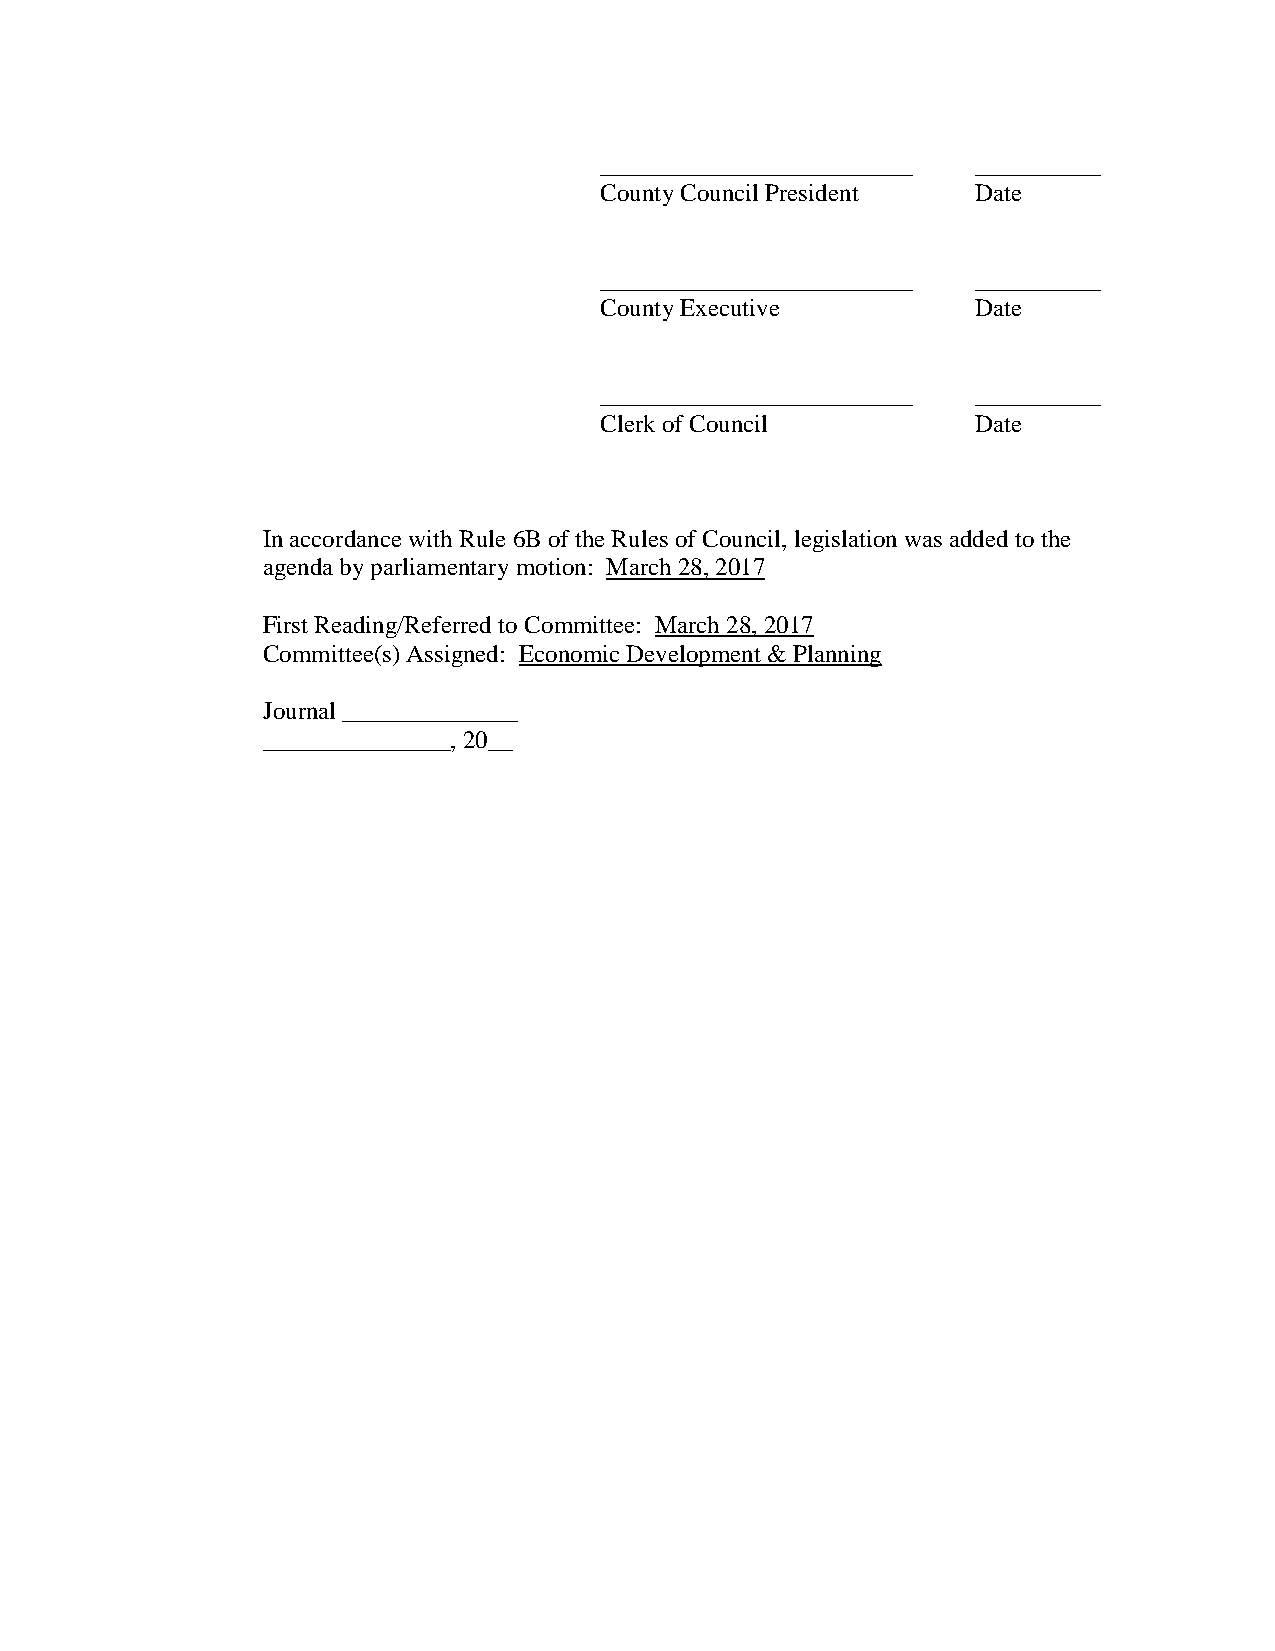
_________________________ __________
 County Council President Date
 _________________________ __________
 County Executive         Date
 _________________________ __________
 Clerk of Council         Date
 In accordance with Rule 6B of the Rules of Council, legislation was added to the
 agenda by parliamentary motion: March 28, 2017
 First Reading/Referred to Committee: March 28, 2017
 Committee(s) Assigned: Economic Development & Planning
 Journal ______________
 _______________, 20__